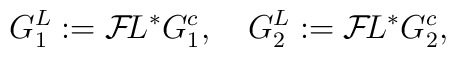
G_1^L := {\cal F}\!L^* G^c_1, \quad G_2^L := {\cal F}\!L^* G^c_2,